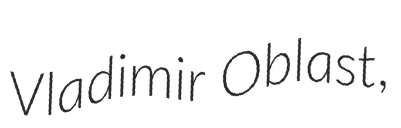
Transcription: Vladimir Oblast,